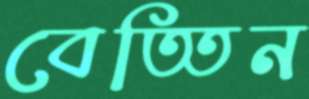
বেত্তিন